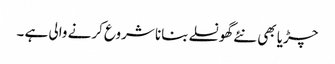
چڑیا بھی نئے گھونسلے بنانا شروع کرنے والی ہے ۔